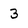
Character: 3